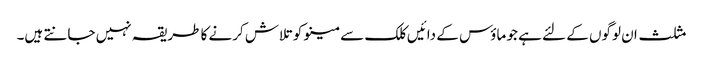
مثلث ان لوگوں کے لئے ہے جو ماؤس کے دائیں کلک سے مینو کو تلاش کرنے کا طریقہ نہیں جانتے ہیں۔